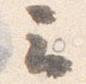
云